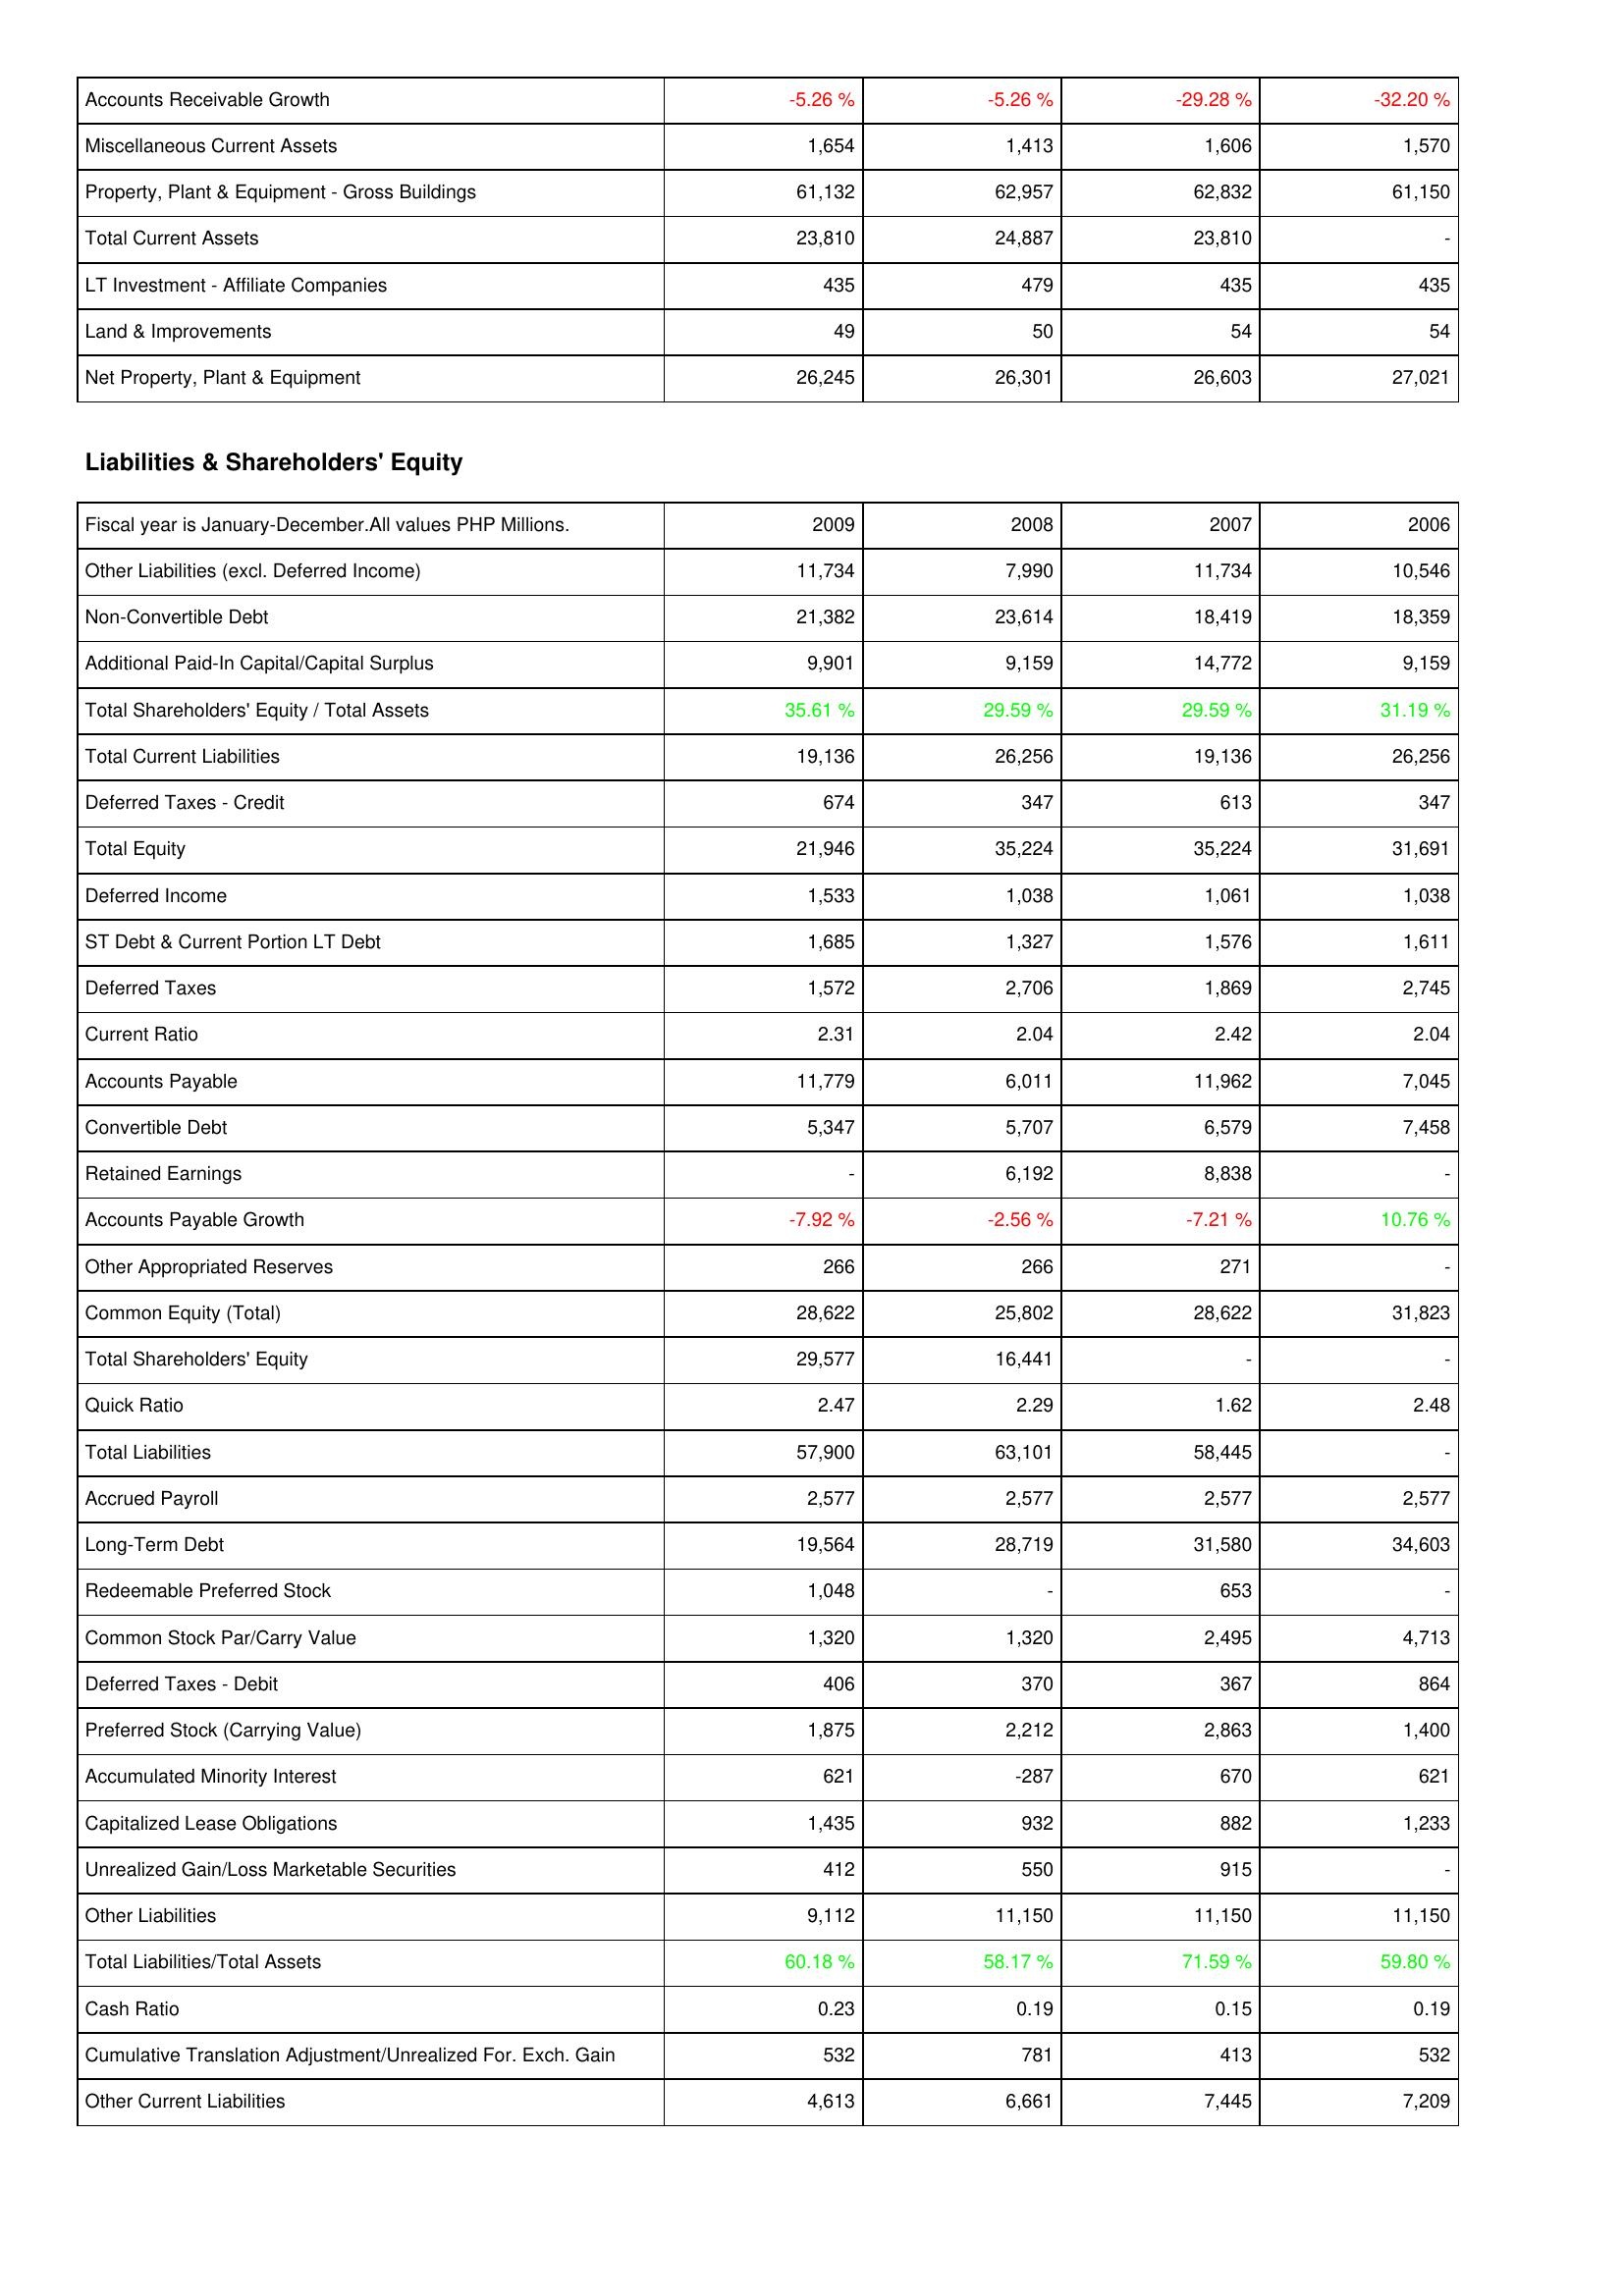
2009: Assets: Accounts Receivable Growth: -5.26 %
Miscellaneous Current Assets: 1,654
Property, Plant & Equipment - Gross Buildings: 61,132
Total Current Assets: 23,810
LT Investment - Affiliate Companies: 435
Land & Improvements: 49
Net Property, Plant & Equipment: 26,245
Liabilities & Shareholders' Equity: Other Liabilities (excl. Deferred Income): 11,734
Non-Convertible Debt: 21,382
Additional Paid-In Capital/Capital Surplus: 9,901
Total Shareholders' Equity / Total Assets: 35.61 %
Total Current Liabilities: 19,136
Deferred Taxes - Credit: 674
Total Equity: 21,946
Deferred Income: 1,533
ST Debt & Current Portion LT Debt: 1,685
Deferred Taxes: 1,572
Current Ratio: 2.31
Accounts Payable: 11,779
Convertible Debt: 5,347
Retained Earnings: -
Accounts Payable Growth: -7.92 %
Other Appropriated Reserves: 266
Common Equity (Total): 28,622
Total Shareholders' Equity: 29,577
Quick Ratio: 2.47
Total Liabilities: 57,900
Accrued Payroll: 2,577
Long-Term Debt: 19,564
Redeemable Preferred Stock: 1,048
Common Stock Par/Carry Value: 1,320
Deferred Taxes - Debit: 406
Preferred Stock (Carrying Value): 1,875
Accumulated Minority Interest: 621
Capitalized Lease Obligations: 1,435
Unrealized Gain/Loss Marketable Securities: 412
Other Liabilities: 9,112
Total Liabilities/Total Assets: 60.18 %
Cash Ratio: 0.23
Cumulative Translation Adjustment/Unrealized For. Exch. Gain: 532
Other Current Liabilities: 4,613
2008: Assets: Accounts Receivable Growth: -5.26 %
Miscellaneous Current Assets: 1,413
Property, Plant & Equipment - Gross Buildings: 62,957
Total Current Assets: 24,887
LT Investment - Affiliate Companies: 479
Land & Improvements: 50
Net Property, Plant & Equipment: 26,301
Liabilities & Shareholders' Equity: Other Liabilities (excl. Deferred Income): 7,990
Non-Convertible Debt: 23,614
Additional Paid-In Capital/Capital Surplus: 9,159
Total Shareholders' Equity / Total Assets: 29.59 %
Total Current Liabilities: 26,256
Deferred Taxes - Credit: 347
Total Equity: 35,224
Deferred Income: 1,038
ST Debt & Current Portion LT Debt: 1,327
Deferred Taxes: 2,706
Current Ratio: 2.04
Accounts Payable: 6,011
Convertible Debt: 5,707
Retained Earnings: 6,192
Accounts Payable Growth: -2.56 %
Other Appropriated Reserves: 266
Common Equity (Total): 25,802
Total Shareholders' Equity: 16,441
Quick Ratio: 2.29
Total Liabilities: 63,101
Accrued Payroll: 2,577
Long-Term Debt: 28,719
Redeemable Preferred Stock: -
Common Stock Par/Carry Value: 1,320
Deferred Taxes - Debit: 370
Preferred Stock (Carrying Value): 2,212
Accumulated Minority Interest: -287
Capitalized Lease Obligations: 932
Unrealized Gain/Loss Marketable Securities: 550
Other Liabilities: 11,150
Total Liabilities/Total Assets: 58.17 %
Cash Ratio: 0.19
Cumulative Translation Adjustment/Unrealized For. Exch. Gain: 781
Other Current Liabilities: 6,661
2007: Assets: Accounts Receivable Growth: -29.28 %
Miscellaneous Current Assets: 1,606
Property, Plant & Equipment - Gross Buildings: 62,832
Total Current Assets: 23,810
LT Investment - Affiliate Companies: 435
Land & Improvements: 54
Net Property, Plant & Equipment: 26,603
Liabilities & Shareholders' Equity: Other Liabilities (excl. Deferred Income): 11,734
Non-Convertible Debt: 18,419
Additional Paid-In Capital/Capital Surplus: 14,772
Total Shareholders' Equity / Total Assets: 29.59 %
Total Current Liabilities: 19,136
Deferred Taxes - Credit: 613
Total Equity: 35,224
Deferred Income: 1,061
ST Debt & Current Portion LT Debt: 1,576
Deferred Taxes: 1,869
Current Ratio: 2.42
Accounts Payable: 11,962
Convertible Debt: 6,579
Retained Earnings: 8,838
Accounts Payable Growth: -7.21 %
Other Appropriated Reserves: 271
Common Equity (Total): 28,622
Total Shareholders' Equity: -
Quick Ratio: 1.62
Total Liabilities: 58,445
Accrued Payroll: 2,577
Long-Term Debt: 31,580
Redeemable Preferred Stock: 653
Common Stock Par/Carry Value: 2,495
Deferred Taxes - Debit: 367
Preferred Stock (Carrying Value): 2,863
Accumulated Minority Interest: 670
Capitalized Lease Obligations: 882
Unrealized Gain/Loss Marketable Securities: 915
Other Liabilities: 11,150
Total Liabilities/Total Assets: 71.59 %
Cash Ratio: 0.15
Cumulative Translation Adjustment/Unrealized For. Exch. Gain: 413
Other Current Liabilities: 7,445
2006: Assets: Accounts Receivable Growth: -32.20 %
Miscellaneous Current Assets: 1,570
Property, Plant & Equipment - Gross Buildings: 61,150
Total Current Assets: -
LT Investment - Affiliate Companies: 435
Land & Improvements: 54
Net Property, Plant & Equipment: 27,021
Liabilities & Shareholders' Equity: Other Liabilities (excl. Deferred Income): 10,546
Non-Convertible Debt: 18,359
Additional Paid-In Capital/Capital Surplus: 9,159
Total Shareholders' Equity / Total Assets: 31.19 %
Total Current Liabilities: 26,256
Deferred Taxes - Credit: 347
Total Equity: 31,691
Deferred Income: 1,038
ST Debt & Current Portion LT Debt: 1,611
Deferred Taxes: 2,745
Current Ratio: 2.04
Accounts Payable: 7,045
Convertible Debt: 7,458
Retained Earnings: -
Accounts Payable Growth: 10.76 %
Other Appropriated Reserves: -
Common Equity (Total): 31,823
Total Shareholders' Equity: -
Quick Ratio: 2.48
Total Liabilities: -
Accrued Payroll: 2,577
Long-Term Debt: 34,603
Redeemable Preferred Stock: -
Common Stock Par/Carry Value: 4,713
Deferred Taxes - Debit: 864
Preferred Stock (Carrying Value): 1,400
Accumulated Minority Interest: 621
Capitalized Lease Obligations: 1,233
Unrealized Gain/Loss Marketable Securities: -
Other Liabilities: 11,150
Total Liabilities/Total Assets: 59.80 %
Cash Ratio: 0.19
Cumulative Translation Adjustment/Unrealized For. Exch. Gain: 532
Other Current Liabilities: 7,209